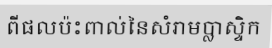
ពីផលប៉ះពាល់នៃសំរាមប្លាស្ទិក